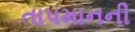
તાપમાનની